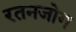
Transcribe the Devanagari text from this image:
रतनजोग